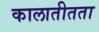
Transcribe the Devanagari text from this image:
कालातीतता